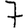
Digit: 7